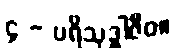
၄ - ပရိသုဒ္ဓါဇီဝ။